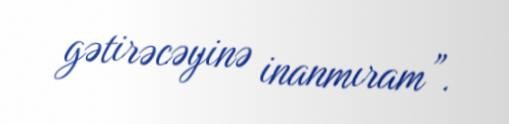
gətirəcəyinə inanmıram”.